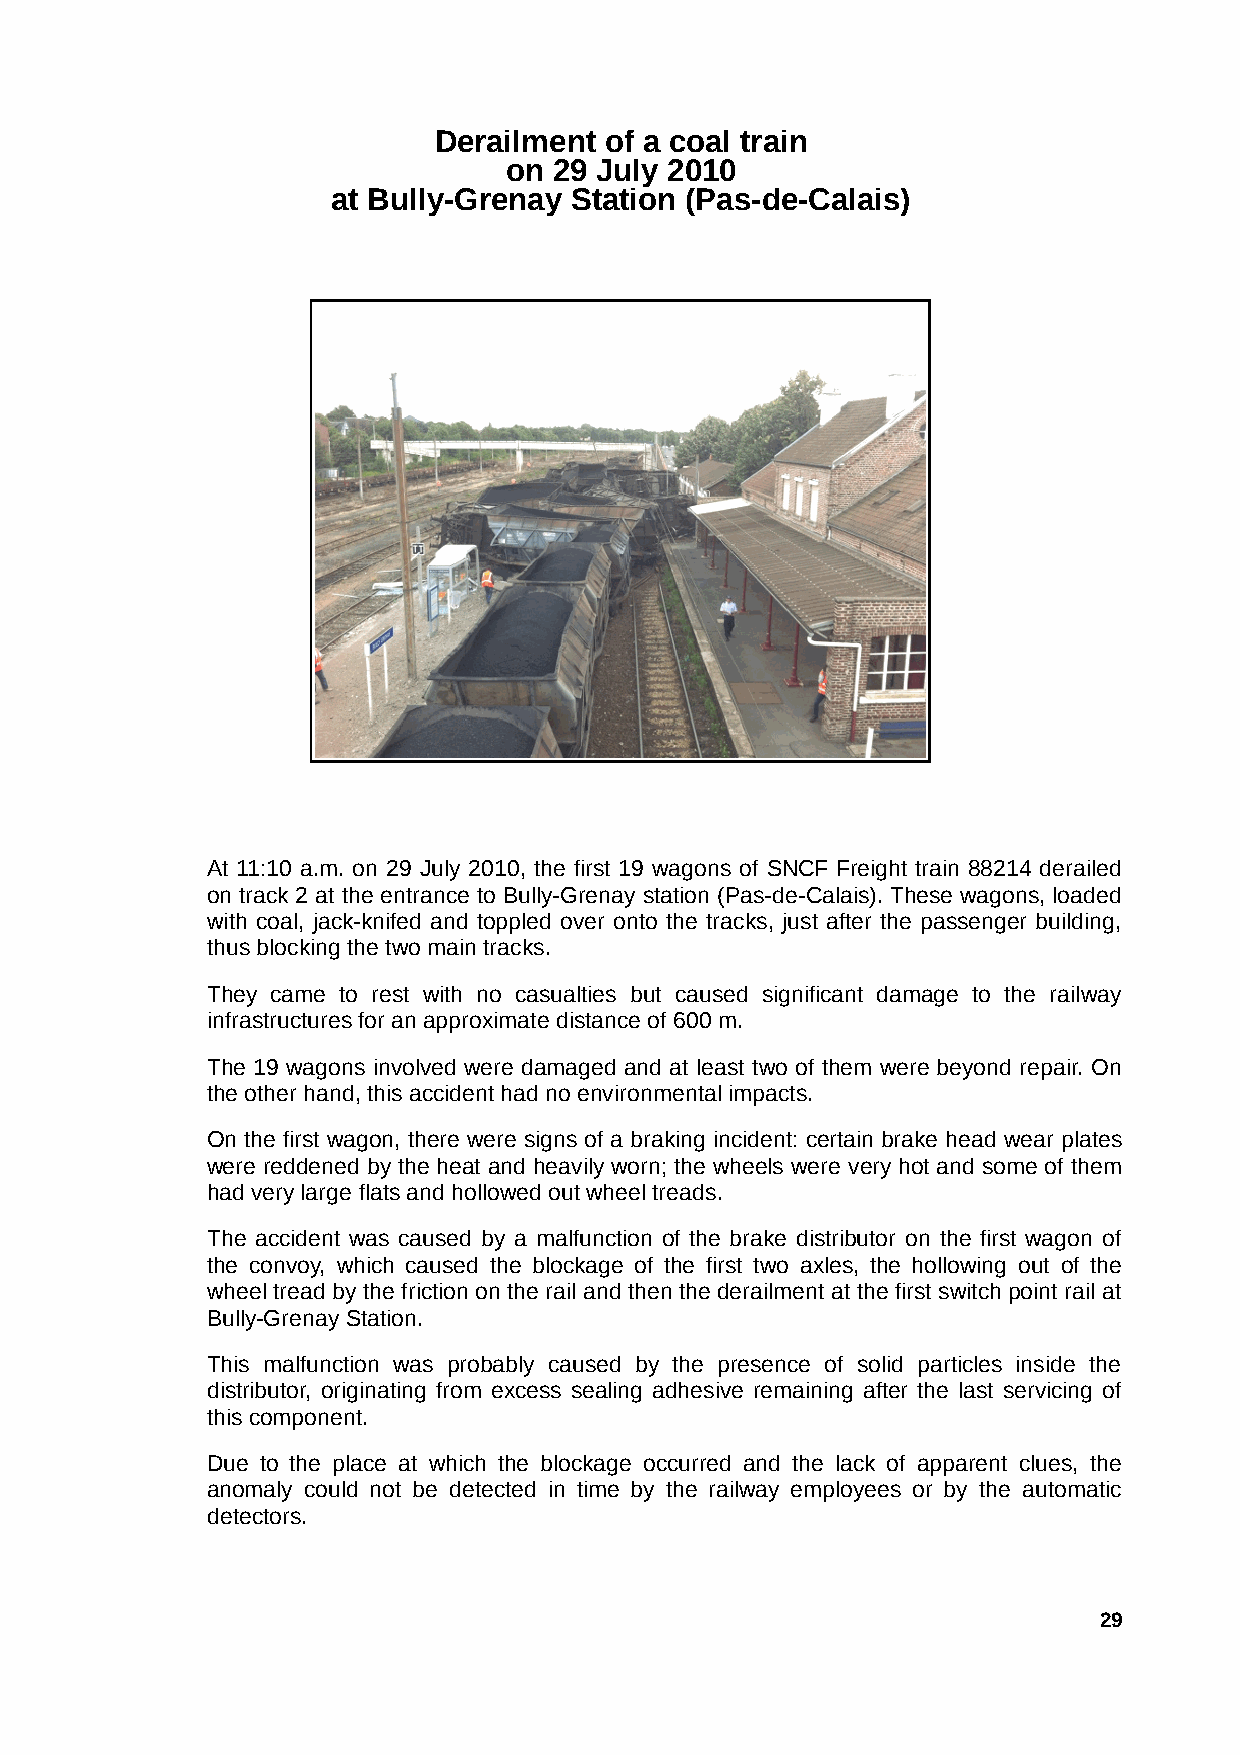
Derailment of a coal train
 on  29 July 2010
 at Bully-Grenay Station (Pas-de-Calais)
 At 11:10 a.m. on 29 July 2010, the first 19 wagons of SNCF Freight train 88214 derailed
 on track 2 at the entrance to Bully-Grenay station (Pas-de-Calais). These wagons, loaded
 with coal, jack-knifed and toppled over onto the tracks, just after the passenger building,
 thus blocking the two main tracks.
 They came to rest with no casualties but caused significant damage to the railway
 infrastructures for an approximate distance of 600 m.
 The 19 wagons involved were damaged and at least two of them were beyond repair. On
 the other hand, this accident had no environmental impacts.
 On the first wagon, there were signs of a braking incident: certain brake head wear plates
 were reddened by the heat and heavily worn; the wheels were very hot and some of them
 had very large flats and hollowed out wheel treads.
 The accident was caused by a malfunction of the brake distributor on the first wagon of
 the convoy, which caused the blockage of the first two axles, the hollowing out of the
 wheel tread by the friction on the rail and then the derailment at the first switch point rail at
 Bully-Grenay Station.
 This malfunction was probably caused by the presence of solid particles inside the
 distributor, originating from excess sealing adhesive remaining after the last servicing of
 this component.
 Due to the place at which the blockage occurred and the lack of apparent clues, the
 anomaly could not be detected in time by the railway employees or by the automatic
 detectors.
 29